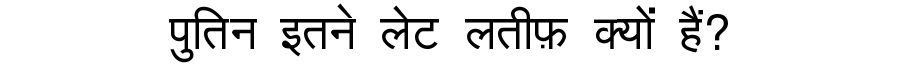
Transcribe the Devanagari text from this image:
पुतिन इतने लेट लतीफ़ क्यों हैं?